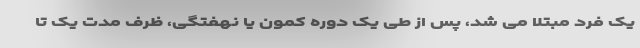
یک فرد مبتلا می شد، پس از طی یک دوره کمون یا نهفتگی، ظرف مدت یک تا